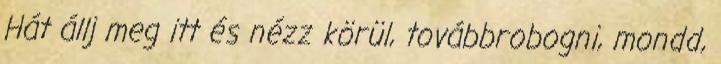
Hát állj meg itt és nézz körül, továbbrobogni, mondd,